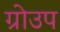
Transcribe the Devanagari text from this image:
ग्रोउप